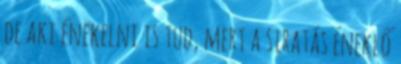
de aki énekelni is tud, mert a siratás éneklő